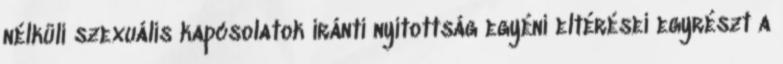
nélküli szexuális kapcsolatok iránti nyitottság egyéni eltérései egyrészt a